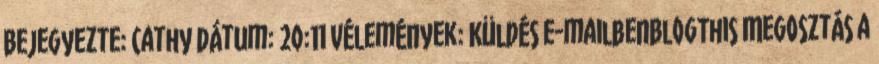
Bejegyezte: Cathy dátum: 20:11 Vélemények: Küldés e-mailbenBlogThis Megosztás a